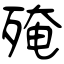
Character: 殗